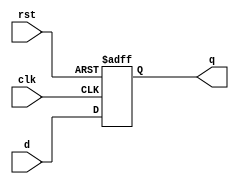
module flipflop(q,clk,rst,d);
input clk;
input rst;
input d;
output q;
reg q;

always @(posedge clk or posedge rst)
begin
if(rst)
#2 q=0;
else
q=#3 d;
end
//specify propogation delay 
specify
$setup(d,clk,2);
$hold(clk,d,0);
endspecify
endmodule